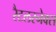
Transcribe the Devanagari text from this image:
रैटलस्नेक्स